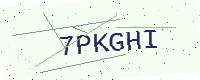
Text: 7PKGHI